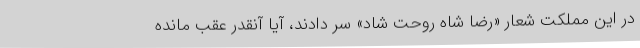
در این مملکت شعار «رضا شاه روحت شاد» سر دادند، آیا آنقدر عقب مانده